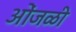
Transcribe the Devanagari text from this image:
ओंजळी